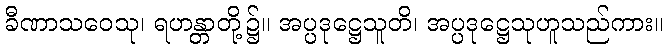
ခီဏာသဝေသု၊ ရဟန္တာတို့၌။ အပ္ပဒုဋ္ဌေသူတိ၊ အပ္ပဒုဋ္ဌေသုဟူသည်ကား။